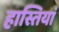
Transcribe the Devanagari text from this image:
हास्तियां